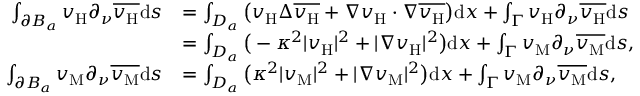
\begin{array} { r l } { \int _ { \partial B _ { a } } v _ { \mathrm { H } } \partial _ { \nu } \overline { { v _ { \mathrm { H } } } } \mathrm { d } s } & { = \int _ { D _ { a } } \big ( v _ { \mathrm { H } } \Delta \overline { { v _ { \mathrm { H } } } } + \nabla v _ { \mathrm { H } } \cdot \nabla \overline { { v _ { \mathrm { H } } } } \big ) \mathrm { d } x + \int _ { \Gamma } v _ { \mathrm { H } } \partial _ { \nu } \overline { { v _ { \mathrm { H } } } } \mathrm { d } s } \\ & { = \int _ { D _ { a } } \big ( - \kappa ^ { 2 } | v _ { \mathrm { H } } | ^ { 2 } + | \nabla v _ { \mathrm { H } } | ^ { 2 } \big ) \mathrm { d } x + \int _ { \Gamma } v _ { \mathrm { M } } \partial _ { \nu } \overline { { v _ { \mathrm { M } } } } \mathrm { d } s , } \\ { \int _ { \partial B _ { a } } v _ { \mathrm { M } } \partial _ { \nu } \overline { { v _ { \mathrm { M } } } } \mathrm { d } s } & { = \int _ { D _ { a } } \big ( \kappa ^ { 2 } | v _ { \mathrm { M } } | ^ { 2 } + | \nabla v _ { \mathrm { M } } | ^ { 2 } \big ) \mathrm { d } x + \int _ { \Gamma } v _ { \mathrm { M } } \partial _ { \nu } \overline { { v _ { \mathrm { M } } } } \mathrm { d } s , } \end{array}